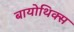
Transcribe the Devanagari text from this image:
बायोथिक्स